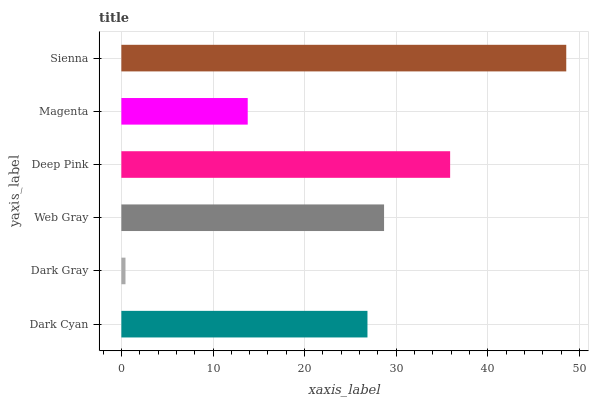
| yaxis_label | bars |
 | --- | --- |
 | Dark Cyan | 26.9 |
 | Dark Gray | 0.452 |
 | Web Gray | 28.7 |
 | Deep Pink | 35.9 |
 | Magenta | 13.8 |
 | Sienna | 48.5 |